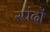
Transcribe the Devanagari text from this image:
स्‍पंदों